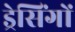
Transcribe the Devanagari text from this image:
ड्रेसिंगों